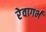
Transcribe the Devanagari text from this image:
रेवागर्भ